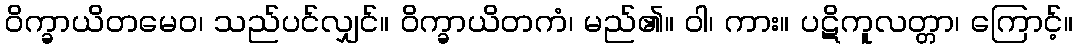
ဝိက္ခာယိတမေဝ၊ သည်ပင်လျှင်။ ဝိက္ခာယိတကံ၊ မည်၏။ ဝါ၊ ကား။ ပဋိကူလတ္တာ၊ ကြောင့်။